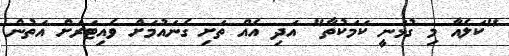
"ކަލެއާ މި ގުޅަނީ ކަމަކުތާ" އަދި އެއް ތަށި ގެނައުމަށް ވެއިޓަރަށް އަތުން